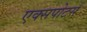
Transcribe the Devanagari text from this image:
एक्सपोटर्स